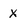
Character: X